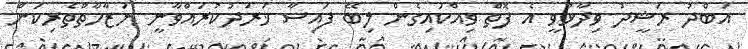
އަބްދު ރަޝީދު ވިދާޅުވީ އެ ފޮތް ވިއްކައިގެން ލިބޭ ފައިސާ ޚަރަދުކުރައްވާނީ ނަޒާހާތްތެރިކަން